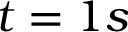
t = 1 s